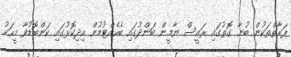
ފަރާތްތަކުން ބުނާ ގޮތުގައި ރައީސް ޔާމީން ބަންދުގައި ބެހެއްޓުމުން އިދިކޮޅުގައި ކަންބޮޑުވާ މީހަކު